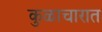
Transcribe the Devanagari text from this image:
कुळाचारात